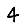
Digit: 4